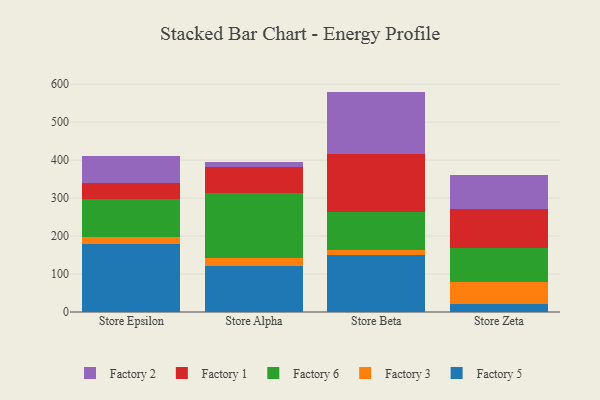
{"axis": {"x": "Store", "y": "Tickets Resolved"}, "legend": ["Factory 1", "Factory 2", "Factory 3", "Factory 5", "Factory 6"], "data": [{"x": "Store Epsilon", "y": 178.7, "type": "Factory 5"}, {"x": "Store Epsilon", "y": 19.0, "type": "Factory 3"}, {"x": "Store Epsilon", "y": 101.1, "type": "Factory 6"}, {"x": "Store Epsilon", "y": 42.0, "type": "Factory 1"}, {"x": "Store Epsilon", "y": 71.1, "type": "Factory 2"}, {"x": "Store Alpha", "y": 121.8, "type": "Factory 5"}, {"x": "Store Alpha", "y": 19.8, "type": "Factory 3"}, {"x": "Store Alpha", "y": 171.4, "type": "Factory 6"}, {"x": "Store Alpha", "y": 69.4, "type": "Factory 1"}, {"x": "Store Alpha", "y": 13.4, "type": "Factory 2"}, {"x": "Store Beta", "y": 151.1, "type": "Factory 5"}, {"x": "Store Beta", "y": 12.6, "type": "Factory 3"}, {"x": "Store Beta", "y": 100.6, "type": "Factory 6"}, {"x": "Store Beta", "y": 152.9, "type": "Factory 1"}, {"x": "Store Beta", "y": 163.3, "type": "Factory 2"}, {"x": "Store Zeta", "y": 21.1, "type": "Factory 5"}, {"x": "Store Zeta", "y": 59.1, "type": "Factory 3"}, {"x": "Store Zeta", "y": 89.1, "type": "Factory 6"}, {"x": "Store Zeta", "y": 101.9, "type": "Factory 1"}, {"x": "Store Zeta", "y": 88.8, "type": "Factory 2"}]}